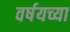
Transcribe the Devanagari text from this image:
वर्षयच्या